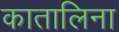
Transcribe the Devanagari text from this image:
कातालिना